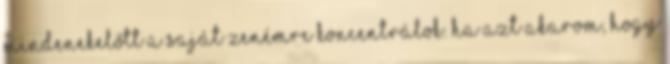
mindenekelőtt a saját zenémre koncentrálok. Ha azt akarom, hogy